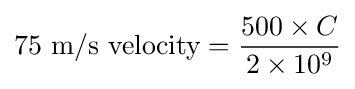
{\text{75 m/s velocity}}={\frac {500\times C}{2\times 10^{9}}}